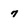
Character: 7